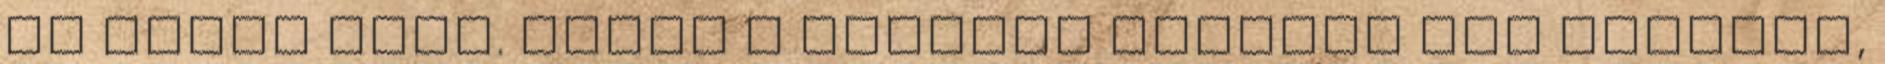
és semmi mást. Ezzel a kezembe nyomott egy zacskót,